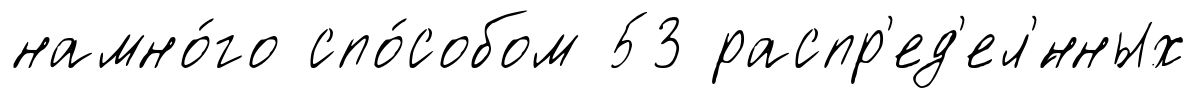
намно́го спо́собом 53 распр'ед'ел'́нных